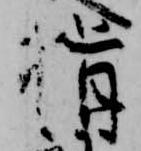
揖